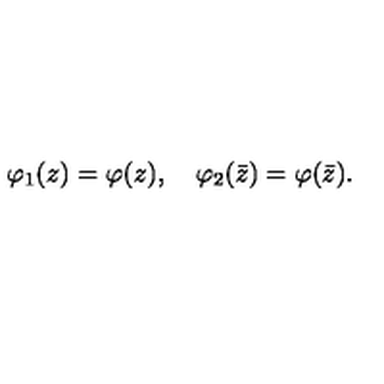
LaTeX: \varphi _ { 1 } ( z ) = \varphi ( z ) , \quad \varphi _ { 2 } ( \bar { z } ) = \varphi ( \bar { z } ) .